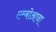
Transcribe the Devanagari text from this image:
एम्बोआबा